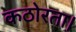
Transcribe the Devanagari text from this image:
कठोरता।